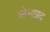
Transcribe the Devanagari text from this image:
शोभाप्रद